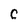
Character: C